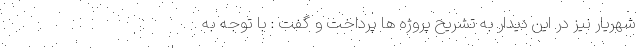
شهريار نيز در اين ديدار به تشريح پروژه ها پرداخت و گفت : با توجه به